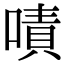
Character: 嘖